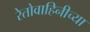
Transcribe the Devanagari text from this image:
रेतोवाहिनीच्या